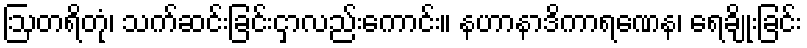
ဩတရိတုံ၊ သက်ဆင်းခြင်းငှာလည်းကောင်း။ နဟာနာဒိကာရဏေန၊ ရေချိုးခြင်း